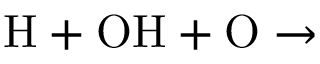
\mathrm { H + O H + O \rightarrow }